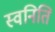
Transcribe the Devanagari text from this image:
स्वनिति